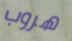
هروب